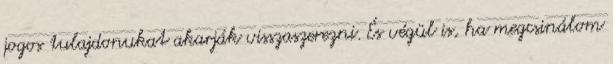
jogos tulajdonukat akarják visszaszerezni. És végül is, ha megcsinálom